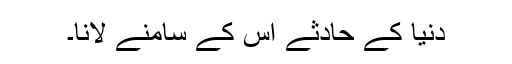
دنیا کے حادثے اس کے سامنے لانا۔